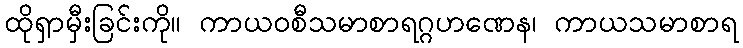
ထိုရှာမှီးခြင်းကို။ ကာယဝစီသမာစာရဂ္ဂဟဏေန၊ ကာယသမာစာရ